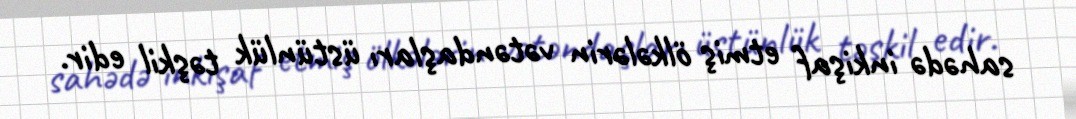
sahədə inkişaf etmiş ölkələrin vətəndaşları üstünlük təşkil edir.